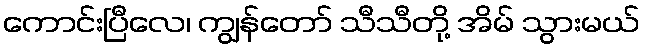
ကောင်းပြီလေ၊ ကျွန်တော် သီသီတို့ အိမ် သွားမယ်